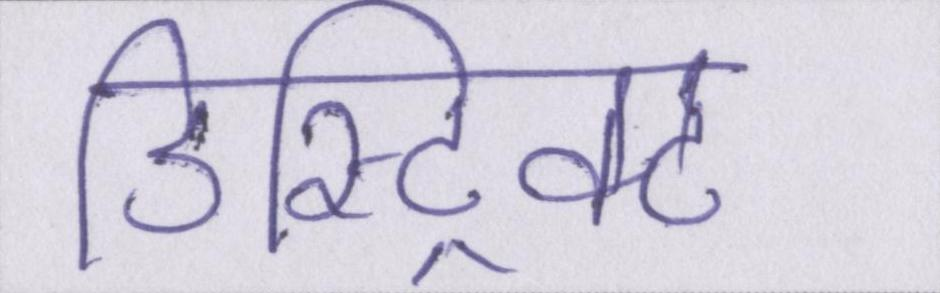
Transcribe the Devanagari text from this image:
डिस्ट्रिक्ट